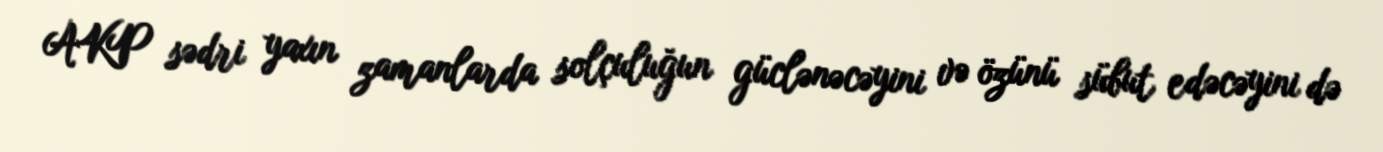
AKP sədri yaxın zamanlarda solçuluğun güclənəcəyini və özünü sübut edəcəyini də